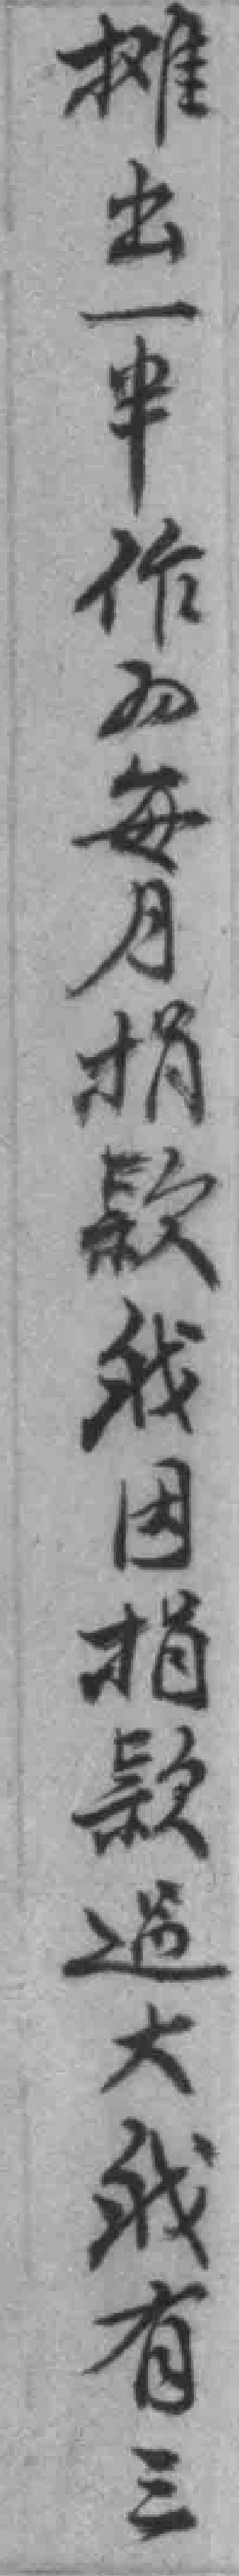
摊出一半作为每月捐款我因捐款過大我有三